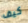
كيف